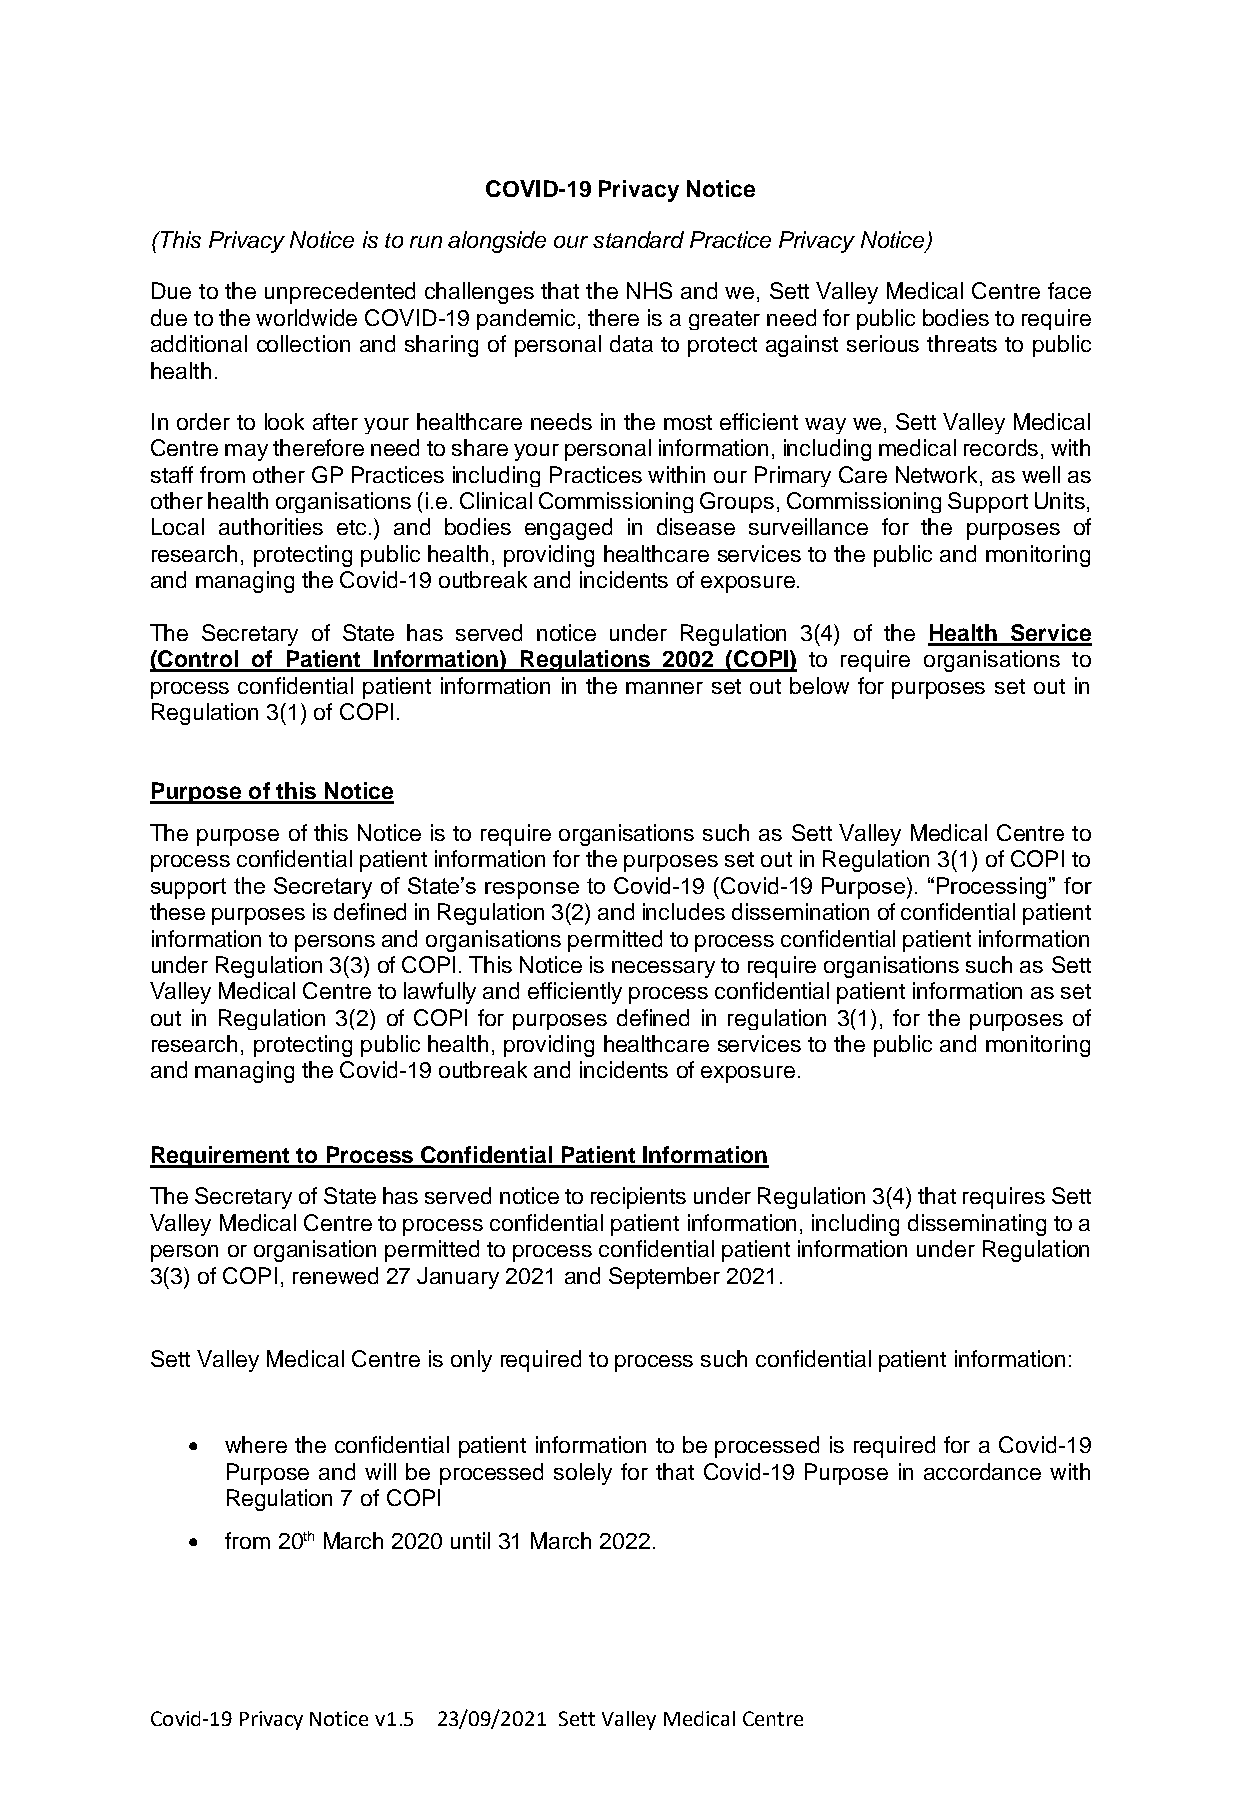
COVID-19 Privacy Notice
 (This Privacy Notice is to run alongside our standard Practice Privacy Notice)
 Due to the unprecedented challenges that the NHS and we, Sett Valley Medical Centre face
 due to the worldwide COVID-19 pandemic, there is a greater need for public bodies to require
 additional collection and sharing of personal data to protect against serious threats to public
 health.
 In order to look after your healthcare needs in the most efficient way we, Sett Valley Medical
 Centre may therefore need to share your personal information, including medical records, with
 staff from other GP Practices including Practices within our Primary Care Network, as well as
 other health organisations (i.e. Clinical Commissioning Groups, Commissioning Support Units,
 Local authorities etc.) and bodies engaged in disease surveillance for the purposes of
 research, protecting public health, providing healthcare services to the public and monitoring
 and managing the Covid-19 outbreak and incidents of exposure.
 The Secretary of State has served notice under Regulation 3(4) of the Health Service
 (Control of Patient Information) Regulations 2002 (COPI) to require organisations to
 process confidential patient information in the manner set out below for purposes set out in
 Regulation 3(1) of COPI.
 Purpose of this Notice
 The purpose of this Notice is to require organisations such as Sett Valley Medical Centre to
 process confidential patient information for the purposes set out in Regulation 3(1) of COPI to
 support the Secretary of State’s response to Covid-19 (Covid-19 Purpose). “Processing” for
 these purposes is defined in Regulation 3(2) and includes dissemination of confidential patient
 information to persons and organisations permitted to process confidential patient information
 under Regulation 3(3) of COPI. This Notice is necessary to require organisations such as Sett
 Valley Medical Centre to lawfully and efficiently process confidential patient information as set
 out in Regulation 3(2) of COPI for purposes defined in regulation 3(1), for the purposes of
 research, protecting public health, providing healthcare services to the public and monitoring
 and managing the Covid-19 outbreak and incidents of exposure.
 Requirement to Process Confidential Patient Information
 The Secretary of State has served notice to recipients under Regulation 3(4) that requires Sett
 Valley Medical Centre to process confidential patient information, including disseminating to a
 person or organisation permitted to process confidential patient information under Regulation
 3(3) of COPI, renewed 27 January 2021 and September 2021.
 Sett Valley Medical Centre is only required to process such confidential patient information:
 •  where the confidential patient information to be processed is required for a Covid-19
 Purpose and will be processed solely for that Covid-19 Purpose in accordance with
 Regulation 7 of COPI
 •  from 20th March 2020 until 31 March 2022.
 Covid-19 Privacy Notice v1.5 23/09/2021 Sett Valley Medical Centre